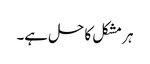
ہر مشکل کا حل ہے۔